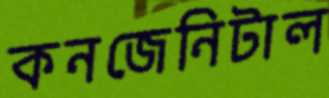
কনজেনিটাল